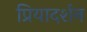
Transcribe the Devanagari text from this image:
प्रियादर्शन